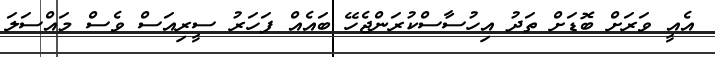
އެއީ ވަރަށް ބޮޑަށް ތަދު އިހުސާސްކުރަންޖެހޭ ބައެއް ފަހަރު ސީރިއަސް ވެސް މައްސަލަ